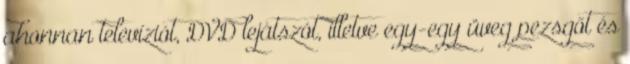
ahonnan televíziót, DVD lejátszót, illetve egy-egy üveg pezsgőt és